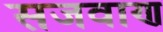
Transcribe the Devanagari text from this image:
सजवाण